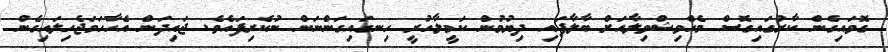
ގޮވައިގެން ކާރުގައިގޮސް މެހްވިޝްވިލާއަށް ބާލާފައި ދިޔުމުން ކަމީލާހުރީ ހިނގައިގަންނަން ނުކެރިފައެވެ. ޖައިދަން އެހާހަމަޖެހިލައިގެން